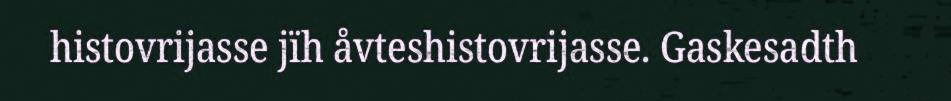
histovrijasse jïh åvteshistovrijasse. Gaskesadth